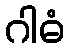
ဂါဓံ